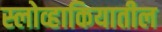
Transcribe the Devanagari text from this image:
स्लोव्हाकियातील